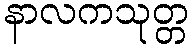
နာလကသုတ္တ